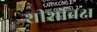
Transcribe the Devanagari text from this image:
शीर्शोवक्ष